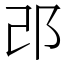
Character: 邔